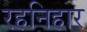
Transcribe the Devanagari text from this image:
रहनिहार